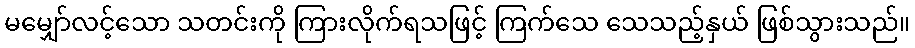
မမျှော်လင့်သော သတင်းကို ကြားလိုက်ရသဖြင့် ကြက်သေ သေသည့်နှယ် ဖြစ်သွားသည်။